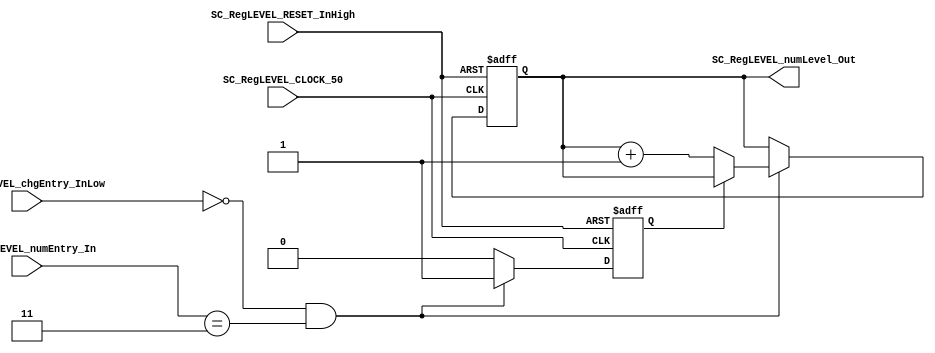
//=======================================================
//  MODULE Definition
//=======================================================
module SC_RegLEVEL (
	//////////// OUTPUTS //////////
	SC_RegLEVEL_numLevel_Out,
	//////////// INPUTS //////////
	SC_RegLEVEL_CLOCK_50,
	SC_RegLEVEL_RESET_InHigh,
	SC_RegLEVEL_chgEntry_InLow,
	SC_RegLEVEL_numEntry_In
);
//=======================================================
//  PARAMETER declarations
//=======================================================

//=======================================================
//  PORT declarations
//=======================================================
output 	[2:0] SC_RegLEVEL_numLevel_Out;
input		SC_RegLEVEL_CLOCK_50;
input		SC_RegLEVEL_RESET_InHigh;
input		SC_RegLEVEL_chgEntry_InLow;
input		[1:0] SC_RegLEVEL_numEntry_In;

//=======================================================
//  REG/WIRE declarations
//=======================================================
reg [2:0] RegLEVEL_Register;
reg [2:0] RegLEVEL_Signal;

reg RegJUSTWON_Register; //Registro de si acaba de pasar de nivel (evita que sume ms de un nivel)
reg RegJUSTWON_Signal;
//=======================================================
//  Structural coding
//=======================================================

always @(*)
begin
	if ((SC_RegLEVEL_chgEntry_InLow == 1'b0) & (SC_RegLEVEL_numEntry_In == 2'b11)) begin
		if (RegJUSTWON_Register == 1'b0)
			RegLEVEL_Signal = RegLEVEL_Register + 2'b01; //Siguiente Nivel	
		else
			RegLEVEL_Signal = RegLEVEL_Register;	
		
		RegJUSTWON_Signal = 1'b1;
	end else begin
		RegLEVEL_Signal = RegLEVEL_Register;
		RegJUSTWON_Signal = 1'b0;
	end
end

always @(posedge SC_RegLEVEL_CLOCK_50, posedge SC_RegLEVEL_RESET_InHigh)
begin
	if (SC_RegLEVEL_RESET_InHigh == 1'b1) begin
		RegLEVEL_Register <= 1; //El primer nivel es el nivel 1
		RegJUSTWON_Register <= 1'b0;
	end else begin
		RegLEVEL_Register <= RegLEVEL_Signal;
		RegJUSTWON_Register <= RegJUSTWON_Signal;
	end
end
//=======================================================
//  Outputs
//=======================================================
//OUTPUT LOGIC: COMBINATIONAL
assign SC_RegLEVEL_numLevel_Out = RegLEVEL_Register;

endmodule